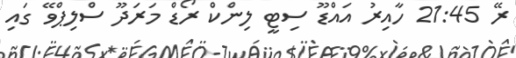
ރޭ 21:45 ހާއިރު އައްޑޫ ސިޓީ ލިންކް ރޯޑް މަަރަދޫ ސްލިޕްވޭ ގައި